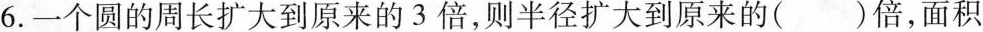
6.一个圆的周长扩大到原来的3倍，则半径扩大到原来的()倍，面积